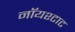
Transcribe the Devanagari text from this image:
नॉयश्टाट